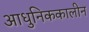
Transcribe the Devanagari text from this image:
आधुनिककालीन